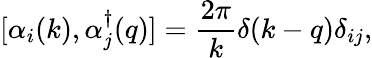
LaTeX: [\alpha_{i}(k),\alpha_{j}^{\dagger}(q)]=\frac{2\pi}{k}\delta(k-q)\delta_{ij},